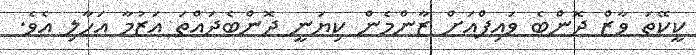
ކީކޭތަ ވާޒް ދޮންބެ ވައިފްއަށް ޒާންމެން ކިޔަނީ ދޮންބެދައްތަ އަޒުމާ އަހާލި އެވެ.